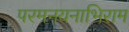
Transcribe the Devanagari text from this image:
परमनयनाभिराम